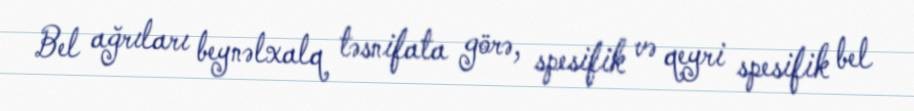
Bel ağrıları beynəlxalq təsnifata görə, spesifik və qeyri spesifik bel